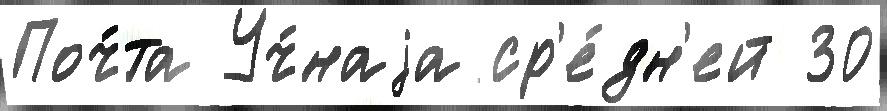
Поч́та Уч́наjа ср'е́дн'ей 30